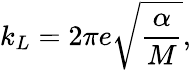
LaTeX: k_{L}=2\pi e\sqrt{\frac{\alpha}{M}},